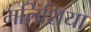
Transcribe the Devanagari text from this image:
मलिशिया